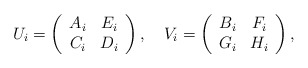
\begin{align*}U_{i}=\left(\begin{array}{cc}A_{i} & E_{i} \\C_{i} & D_{i}\end{array}\right) ,\quad V_{i}=\left(\begin{array}{cc}B_{i} & F_{i} \\G_{i} & H_{i}\end{array}\right) ,\end{align*}